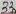
Text: 33